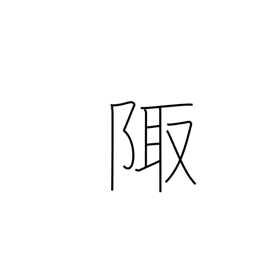
Meaning: corner